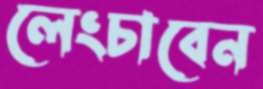
লেংচাবেন